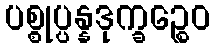
ပစ္စုပ္ပန္နဒုက္ခဉ္စေဝ